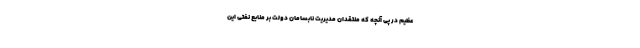
عظیم در پی آنچه که منتقدان مدیریت نابسامان دولت بر منابع نفتی این